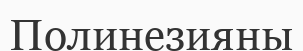
Полинезияны